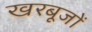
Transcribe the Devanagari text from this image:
खरबूजों